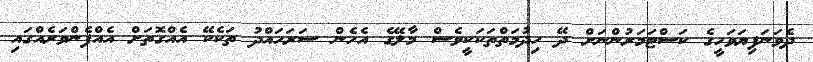
ދެވަނަފިޔަވަހީގެ ކަސްޓަމަރުންނަށް ދޭ ހިދުމަތްތަކަކީވެސް މާލޭގެ އެހެން ސަރަހައްދު ތަކެކޭ އެއްގޮތަށް އެއްފެންވަރެއްގައި